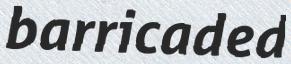
barricaded